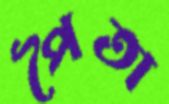
পৈতা